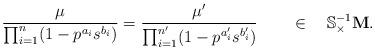
LaTeX: \begin{align*} \frac{\mu}{\prod_{i=1}^n(1-p^{a_i}s^{b_i})}=\frac{\mu'}{\prod_{i=1}^{n'}(1-p^{a_i'}s^{b_i'})}\qquad\in\quad\mathbb S_\times^{-1}\mathbf M. \end{align*}